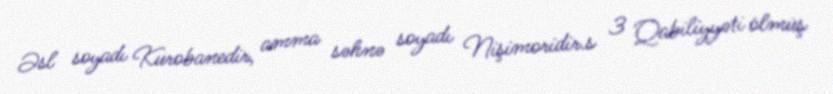
Əsl soyadı Kurobanedir, amma səhnə soyadı Nişimoridir.s 3 Qabiliyyəti ölmüş